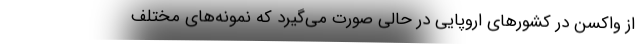
از واکسن در کشورهای اروپایی در حالی صورت می‌گیرد که نمونه‌های مختلف